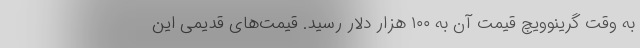
به وقت گرینوویچ قیمت آن به ۱۰۰ هزار دلار رسید. قیمت‌های قدیمی این